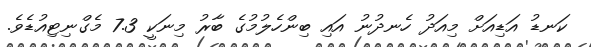
ކަނޑު އަޑިއަށް މިއަދު ހެނދުނު އައި ބިންހެލުމުގެ ބާރު މިނަކީ 7.3 މެގްނިޓިއުޑެވެ.